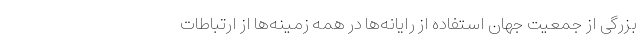
بزرگی از جمعیت جهان استفاده از رایانه‌ها در همه زمینه‌ها از ارتباطات